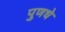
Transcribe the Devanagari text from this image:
पुणधे